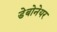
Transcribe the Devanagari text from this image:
डेबोनेयर